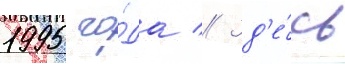
1995 го́да // Зд'е́сь